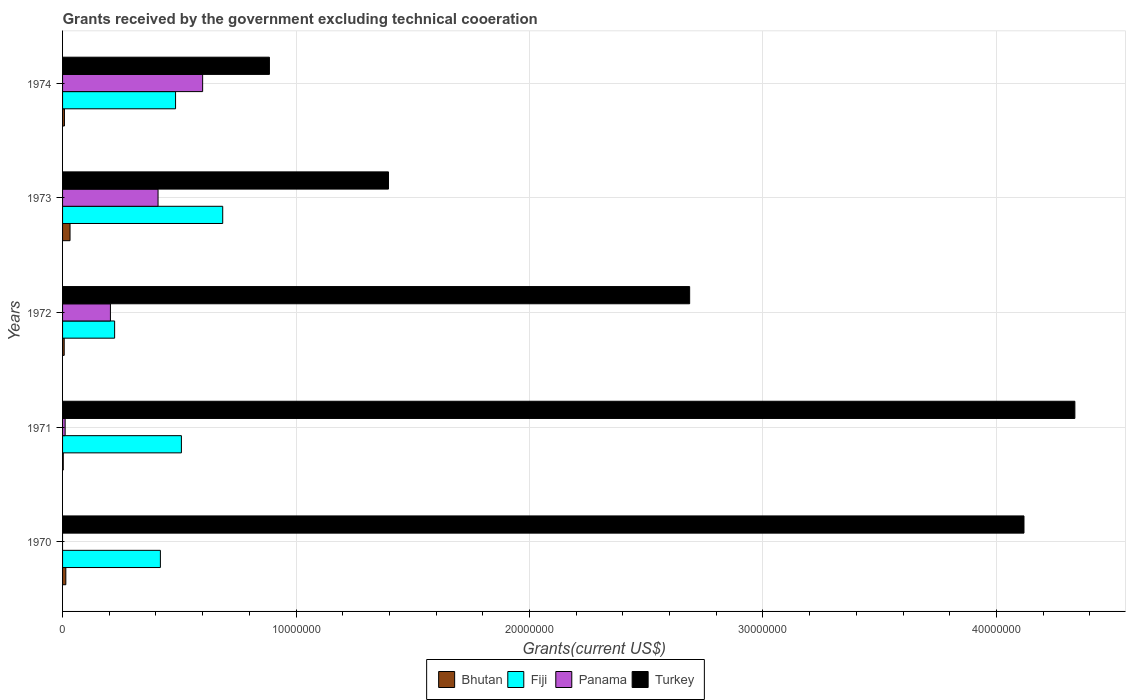
| Years | Bhutan | Fiji | Panama | Turkey |
 | --- | --- | --- | --- | --- |
 | 1970 | 1.4e+05 | 4.19e+06 | -9.9e+05 | 4.12e+07 |
 | 1971 | 3e+04 | 5.09e+06 | 1.1e+05 | 4.34e+07 |
 | 1972 | 7e+04 | 2.23e+06 | 2.05e+06 | 2.69e+07 |
 | 1973 | 3.2e+05 | 6.86e+06 | 4.09e+06 | 1.4e+07 |
 | 1974 | 8e+04 | 4.84e+06 | 6e+06 | 8.86e+06 |